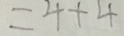
= 4 + 4